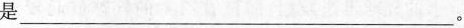
是_____。